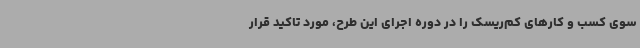
سوی کسب و کارهای کم‌ریسک را در دوره اجرای این طرح، مورد تاکید قرار